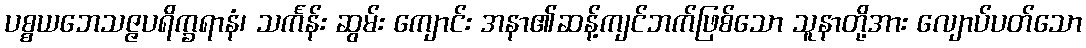
ပစ္စယဘေသဇ္ဇပရိက္ခရာနံ၊ သင်္ကန်း ဆွမ်း ကျောင်း အနာ၏ဆန့်ကျင်ဘက်ဖြစ်သော သူနာတို့အား လျောပ်ပတ်သော